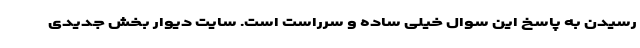
رسیدن به پاسخ این سوال خیلی ساده و سرراست است. سایت دیوار بخش جدیدی